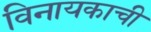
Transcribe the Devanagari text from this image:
विनायकाची